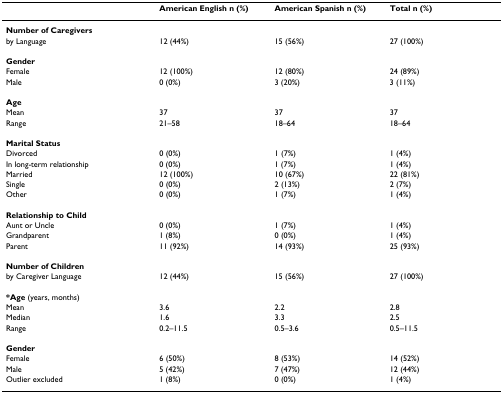
|  | American English n (%) | American Spanish n (%) | Total n (%) |
 | --- | --- | --- | --- |
 | Number of Caregivers |  |  |  |
 | by Language | 12 (44%) | 15 (56%) | 27 (100%) |
 | Gender |  |  |  |
 | Female | 12 (100%) | 12 (80%) | 24 (89%) |
 | Male | 0 (0%) | 3 (20%) | 3 (11%) |
 | Age |  |  |  |
 | Mean | 37 | 37 | 37 |
 | Range | 21–58 | 18–64 | 18–64 |
 | Marital Status |  |  |  |
 | Divorced | 0 (0%) | 1 (7%) | 1 (4%) |
 | In long-term relationship | 0 (0%) | 1 (7%) | 1 (4%) |
 | Married | 12 (100%) | 10 (67%) | 22 (81%) |
 | Single | 0 (0%) | 2 (13%) | 2 (7%) |
 | Other | 0 (0%) | 1 (7%) | 1 (4%) |
 | Relationship to Child |  |  |  |
 | Aunt or Uncle | 0 (0%) | 1 (7%) | 1 (4%) |
 | Grandparent | 1 (8%) | 0 (0%) | 1 (4%) |
 | Parent | 11 (92%) | 14 (93%) | 25 (93%) |
 | Number of Children |  |  |  |
 | by Caregiver Language | 12 (44%) | 15 (56%) | 27 (100%) |
 | *Age (years, months) |  |  |  |
 | Mean | 3.6 | 2.2 | 2.8 |
 | Median | 1.6 | 3.3 | 2.5 |
 | Range | 0.2–11.5 | 0.5–3.6 | 0.5–11.5 |
 | Gender |  |  |  |
 | Female | 6 (50%) | 8 (53%) | 14 (52%) |
 | Male | 5 (42%) | 7 (47%) | 12 (44%) |
 | Outlier excluded | 1 (8%) | 0 (0%) | 1 (4%) |